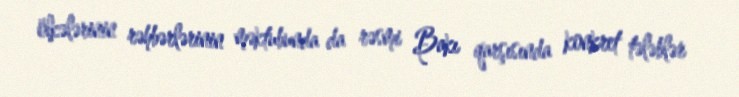
ölkələrinin rəhbərlərinin məktubunda da rəsmi Bakı qarşısında konkret tələblər